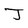
Character: J